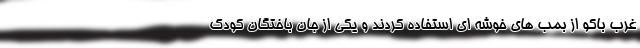
غرب باکو از بمب های خوشه ای استفاده کردند و یکی از جان باختگان کودک